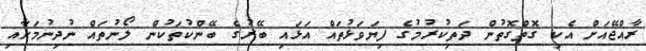
ރާއްޖޭއަށް އެކި ގޮތްގޮތުން ދަތިކުރުމުގެ ފިޔަވަޅުތައް އަޅައި ބޭރުގެ ބޭންކުތަކުން ލޯނުތައް ނުދިނުމަށާއި